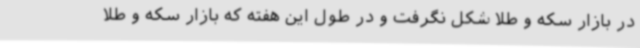
در بازار سکه و طلا شکل نگرفت و در طول این هفته‌ که بازار سکه و طلا